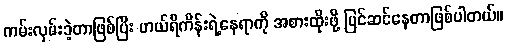
ကမ်းလှမ်းခဲ့တာဖြစ်ပြီး ဟယ်ရီကိန်းရဲ့နေရာကို အစားထိုးဖို့ ပြင်ဆင်နေတာဖြစ်ပါတယ်။